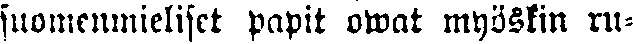
suomenmieliset papit owat myöskin ru-